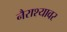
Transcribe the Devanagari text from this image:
नैराश्यावर